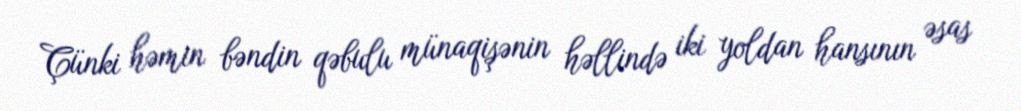
Çünki həmin bəndin qəbulu münaqişənin həllində iki yoldan hansının əsas